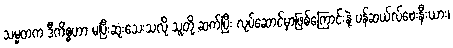
သမ္မတက ဒီကိစ္စဟာ မပြီးဆုံးသေးသလို သူတို့ ဆက်ပြီး လုပ်ဆောင်မှာဖြစ်ကြောင်းနဲ့ ပန်ဆယ်လ်ဗေးနီးယား၊